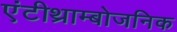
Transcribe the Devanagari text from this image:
एंटीथ्राम्बोजनिक